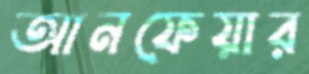
আনফেয়ার